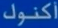
اكنوك